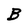
Character: B